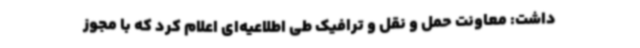
داشت: معاونت حمل و نقل و ترافیک طی اطلاعیه‌ای اعلام کرد که با مجوز